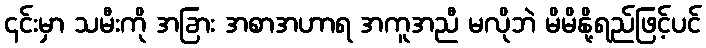
၎င်းမှာ သမီးကို အခြား အစာအဟာရ အကူအညီ မလိုဘဲ မိမိနို့ရည်ဖြင့်ပင်